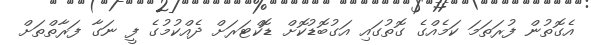
އެގޮތުން ފުރަތަމަ ކަމެއްގެ ގޮތުގައި އަގުބޮޑުކޮށް ޑޮކްޓަރަށް ދެއްކުމުގެ ފީ ނަގާ ފަރާތްތަށް